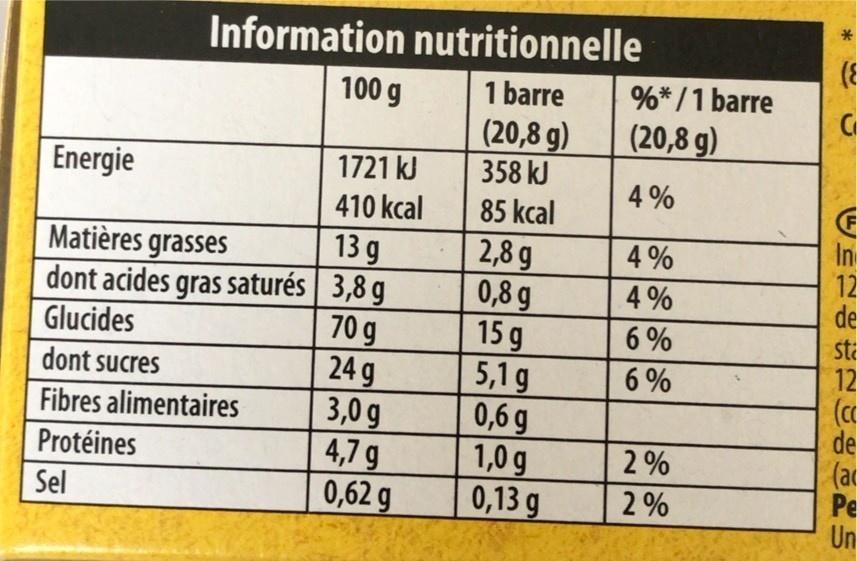
Information nutritionnelle
100 g
1 barre
(20,8 g)
358 kJ
85 kcal
Energie
Matières grasses dont acides gras saturés
Glucides
dont sucres
Fibres alimentaires
Protéines
Sel
1721 kJ
410 kcal
13 g
3,8 g
70 g
24 g
3,0 g
4,7 g
0,62 g
2,8 g
0,8 g
15 g
5,1 g
0,6 g
1,0 g
0,13 g
%*/1 barre
(20,8 g)
4%
4%
4%
6%
6%
2%
2%
*
(ε
C
(F
In
12
de
sta
12
(cc
de
(ac
Pe
Un
៦